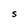
Character: S